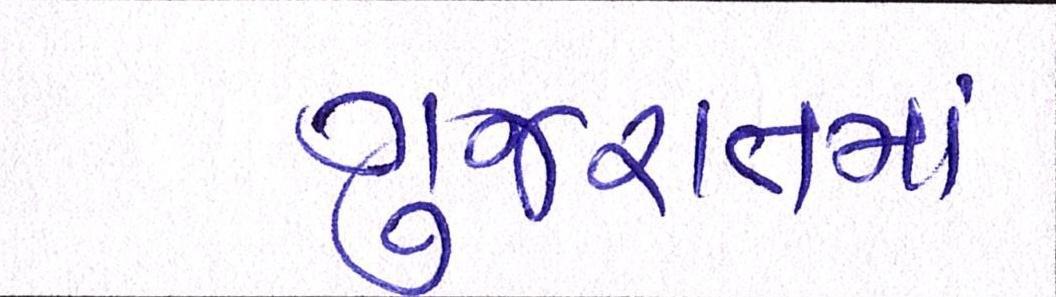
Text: ગુજરાતમાં